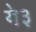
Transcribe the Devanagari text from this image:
ये३